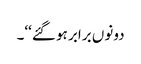
دونوں برابر ہو گئے‘‘۔